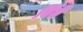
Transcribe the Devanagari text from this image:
बिंते